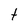
Character: t